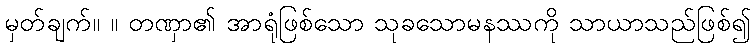
မှတ်ချက်။ ။ တဏှာ၏ အာရုံဖြစ်သော သုခသောမနဿကို သာယာသည်ဖြစ်၍